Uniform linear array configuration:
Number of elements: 4
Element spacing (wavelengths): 0.25
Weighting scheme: exponential
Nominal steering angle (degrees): -30
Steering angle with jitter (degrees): -28.311
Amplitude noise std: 0.05
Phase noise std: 0.05

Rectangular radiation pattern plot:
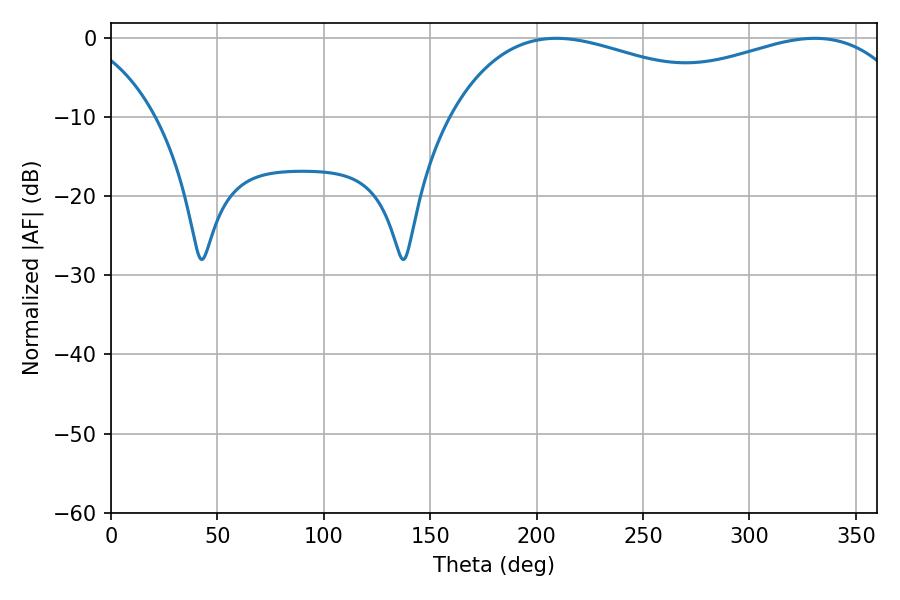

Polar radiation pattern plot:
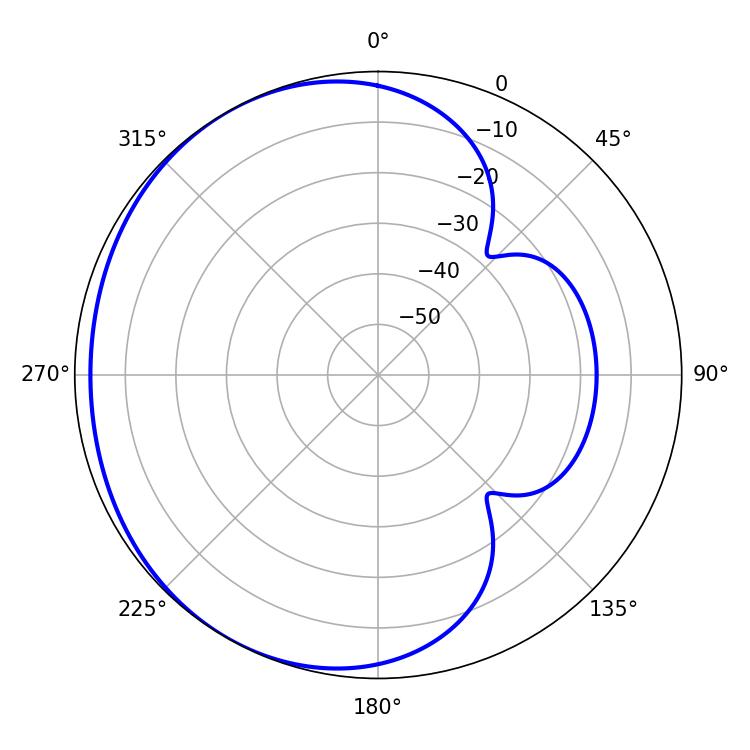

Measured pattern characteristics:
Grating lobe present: FALSE
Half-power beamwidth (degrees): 84.06
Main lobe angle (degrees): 209.34